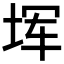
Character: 𪣒